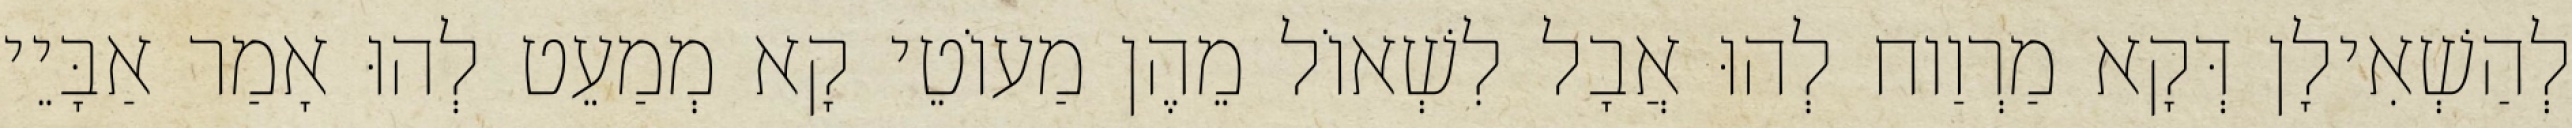
לְהַשְׁאִילָן דְּקָא מַרְוַוח לְהוּ אֲבָל לִשְׁאוֹל מֵהֶן מַעוֹטֵי קָא מְמַעֵט לְהוּ אָמַר אַבָּיֵי